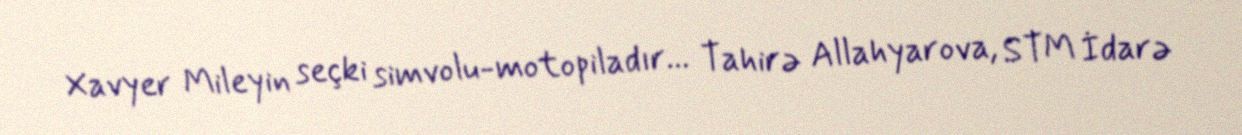
Xavyer Mileyin seçki simvolu-motopiladır... Tahirə Allahyarova, STM İdarə